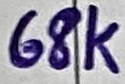
Text: 68K